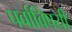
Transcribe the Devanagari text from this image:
पर्वाविषयी